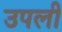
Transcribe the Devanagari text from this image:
उपली